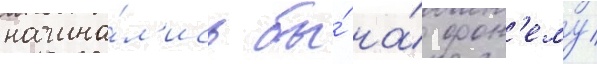
начина́л'ись бы́ на́ фон'ему/